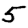
Digit: 5